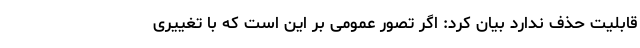
قابلیت حذف ندارد بیان کرد: اگر تصور عمومی بر این است که با تغییری